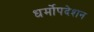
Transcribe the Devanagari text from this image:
धर्मोपदेशन